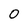
Character: 0